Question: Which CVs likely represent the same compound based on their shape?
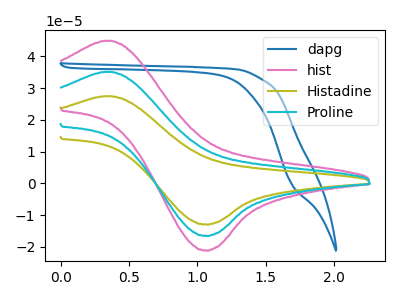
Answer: <think>The blue curve "dapg" has no peaks. The pink curve "hist" has an anodic peak at (0.35V, 44.90uA) and a cathodic peak at (1.05V, -21.05uA). The olive curve "Histadine" has an anodic peak at (0.35V, 70.25uA) and a cathodic peak at (1.05V, -32.95uA). The cyan curve "Proline" has an anodic peak at (0.35V, 35.15uA) and a cathodic peak at (1.05V, -16.50uA).
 "dapg" and "hist" have a different number of peaks. "dapg" and "Histadine" have a different number of peaks. "dapg" and "Proline" have a different number of peaks. All the peaks in "hist" have a peak in "Histadine" at the same potential. Every peak in "hist" is lower than every peak in "Histadine". All the peaks in "hist" have a peak in "Proline" at the same potential. Every peak in "hist" is higher than every peak in "Proline". All the peaks in "Histadine" have a peak in "Proline" at the same potential. Every peak in "Histadine" is higher than every peak in "Proline".</think>
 <answer>"hist", "Histadine" and "Proline" have the same shape and are likely CV's of the same chemical.</answer>
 <eval>"hist" "Histadine" "Proline"</eval>